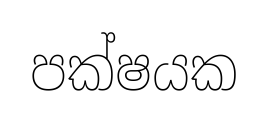
පක්ෂයක